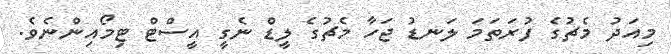
މިއަދު މެޗުގެ ފުރަތަމަ ލަނޑު ޖަހާ މެޗުގެ ލީޑް ނެގީ އީސްޓް ޓިމޯއިންނެވެ.